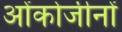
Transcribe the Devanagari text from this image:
ओंकोजीनों